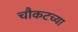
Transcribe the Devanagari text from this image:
चौकटच्या